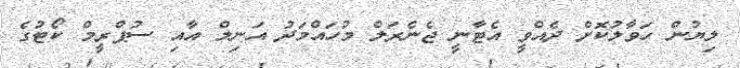
ލިޔުން ހަވާލުކޮށް ދެއްވީ އެޓާނީ ޖެނެރަލް މުހައްމަދު އަނިލް އާއި ސުޕްރީމް ކޯޓުގެ